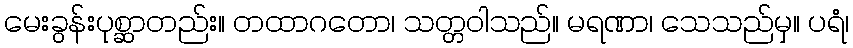
မေးခွန်းပုစ္ဆာတည်း။ တထာဂတော၊ သတ္တဝါသည်။ မရဏာ၊ သေသည်မှ။ ပရံ၊